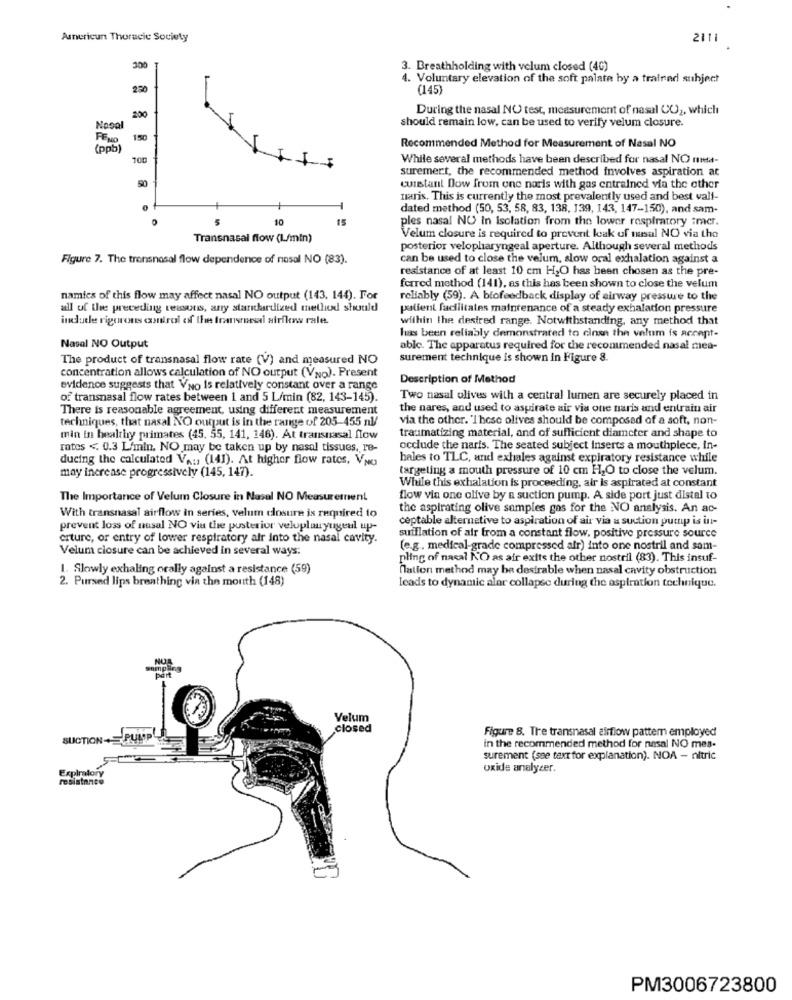
Americun Thoracic Society
2111
300
3. Breathholding with velum closed (40)
4. Voluntary elevation of the soft palate by a trafred subject
220
(145)
During the nasal NO test, measurement of nasal CO2, which
200
should remain low, can be used to verify velum closure.
Nosal
FENO
150
(ppb]
Recommended Method for Measurement of Nasal NO
While several methods have been described for nasal NO nuta-
suremert, the recommended method involves aspiration at
50
cuistant Dow from one noris with gas entrained via the other
naris. This is currently the most prevalently used and best vali-
0
dated method (50, 53, 58, 83, 138, 139, 143, 147-150), and sam-
10
15
ples nasal NO In Isolation from the lower respiratory :mer.
Transnasal flow (L/min)
Velum closure is required to prevent leak uf nasal NO via the
posterior velopharyngeal aperture. Although several methods
Figure 7. The transnasal flow dependence of nasal NO (83).
can be used to close the velum, slow oral exhalation against a
resistance of at least 10 cm H2O has been chosen as the pre-
forred method (141), as this has been shown to close the velum
namies of this flow may affect nasal NO output (143. 144). For
reliably (59). A biofeedback display of airway pressure to the
all of the preceding reasons, arry standardized method should
patient facilitates maintenance of a steady exhalation pressure
include rigorous control of the transrural airflow rale.
within the desired range. Notwithstanding, any method that
has been reliably demonstrated to close the velum is accept-
Nasal NO Output
able. The apparatus required for the recommended nasal mea-
The product of transnasal flow rate (V) and measured NO
surement technique is shown in Figure 8.
concentration allows calculation of NO output (VNo). Present
Description of Method
evidence suggests that VNo Is relatively constant over a range
of transnasal flow rates between 1 and 5 L/min (82, 143-145).
Two nasal olives with a central lumen are securely placed in
There is reasonable agreement, using different measurement
the nares, and used to aspirate air via one taris and entrain air
techniques, that nasal NO output is in the range of 205-455 nl/
via the other. "I hese olives should be composed of a soft, non-
traumatizing material, and of sufficient diameter and shape to
min in healthy primates (45. 55, 141, 146). At transnasal flow
rates <. 0.3 L/min. NO may be taken up by nasal tissues, re-
occlude the naris. The seated subject inserts a mouthpiece, in-
ducing the calculated VA: (141). At higher flow rates, VNO
hales to TLC, and exhales against expiratory resistance while
may increase progressively (145, 147).
targeting a mouth pressure of 10 cm H2O to close the velum.
While this exhalation is proceeding, air is aspirated at constant
The Importance of Velum Closure in Nasal NO Measurement
flow via one olive by a suction pump. A side port just distal to
the aspirating olive samples gos for the NO analysis. An ac-
With transnasal airflow in series, velum closure is required to
ceptable alternative to aspiration of air via a suction pump is in-
prevent loss of nusal NO via the posterior veluplanyugeul up-
crture, or entry of lower respiratory air into the nasal cavity.
suiflation of air from a constant flow, positive pressure source
Velum closure can be achieved in several ways:
(e.g. medical-grade compressed air) into one nostril and sam-
pling of nacal NO as air exits the other nostril (83). This insuf-
1. Slowly exhaling orally against a resistance (59)
nation method may be desirable when nasal cavity obstruction
2. Pursed lips breathing vin the mouth (148)
leads to dynamic alar collapse during the aspiration technique.
Velum
closed
Figure 8. Tre transnasal airflow pattern employed
SUCTION+ PUMP
in the recommended method for nasal NO mes-
surement (see text for explanation). NOA - nitric
Expiratory
oxide analyzer.
resistance
PM3006723800